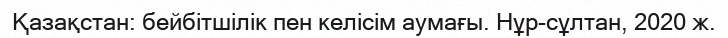
Қазақстан: бейбітшілік пен келісім аумағы. Нұр-сұлтан, 2020 ж.